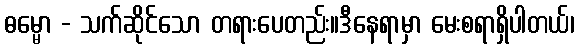
ဓမ္မော - သက်ဆိုင်သော တရားပေတည်း။ဒီနေရာမှာ မေးစရာရှိပါတယ်၊